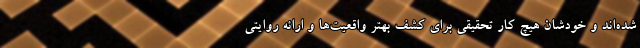
شده‌اند و خودشان هیچ کار تحقیقی برای کشف بهتر واقعیت‌ها و ارائه روایتی